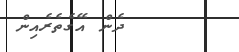
ދެން އޭގެތެރެއިން